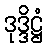
ဒုဒ္ဒိဋ္ဌံ